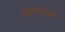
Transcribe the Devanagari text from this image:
हातगडाला